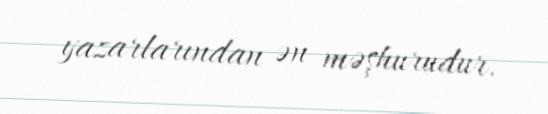
yazarlarından ən məşhurudur.